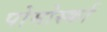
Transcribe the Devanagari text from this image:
पोमोर्स्का